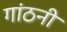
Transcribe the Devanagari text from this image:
गांठनी